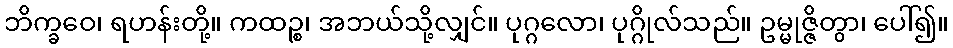
ဘိက္ခဝေ၊ ရဟန်းတို့။ ကထဉ္စ၊ အဘယ်သို့လျှင်။ ပုဂ္ဂလော၊ ပုဂ္ဂိုလ်သည်။ ဥမ္မုဇ္ဇိတွာ၊ ပေါ်၍။